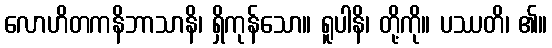
လောဟိတကနိဘာသာနိ၊ ရှိကုန်သော။ ရူပါနိ၊ တို့ကို။ ပဿတိ၊ ၏။